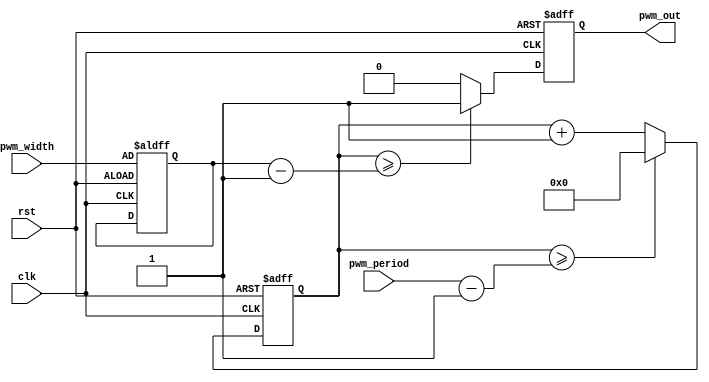
module pwm_timer (
    input wire clk,
    input wire rst,
    input wire [31:0] pwm_period, // Programmable parameter for setting the period
    input wire [31:0] pwm_width, // Programmable parameter for setting the pulse width
    output reg pwm_out
);

reg [31:0] counter;
reg [31:0] pwm_counter;

always @(posedge clk or posedge rst) begin
    if (rst) begin
        counter <= 0;
        pwm_counter <= pwm_width;
        pwm_out <= 0;
    end else begin
        counter <= counter + 1;
        if (counter >= pwm_period - 1) begin
            counter <= 0;
        end
        if (counter >= pwm_counter - 1) begin
            pwm_out <= 1;
        end else begin
            pwm_out <= 0;
        end
    end
end

endmodule